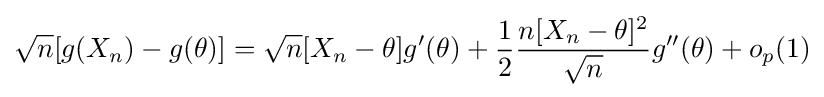
{\sqrt {n}}[g(X_{n})-g(\theta )]={\sqrt {n}}[X_{n}-\theta ]g'(\theta )+{\frac {1}{2}}{\frac {n[X_{n}-\theta ]^{2}}{\sqrt {n}}}g''(\theta )+o_{p}(1)